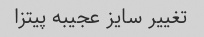
تغییر سایز عجیبه پیتزا